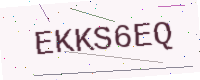
Text: EKKS6EQ